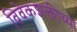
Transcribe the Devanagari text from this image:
विवेकशक्तीच्या